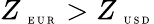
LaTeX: Z_{\mathrm{~\tiny~E~U~R~}}>Z_{\mathrm{~\tiny~U~S~D~}}